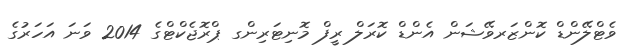
ވެޓްލޭންޑް ކޮންޒަރވޭޝަން އެންޑް ކޮރަލް ރީފް މޮނިޓަރިންގ ޕްރޮޖެކްޓްގެ 2014 ވަނަ އަހަރުގެ